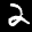
Label: 2